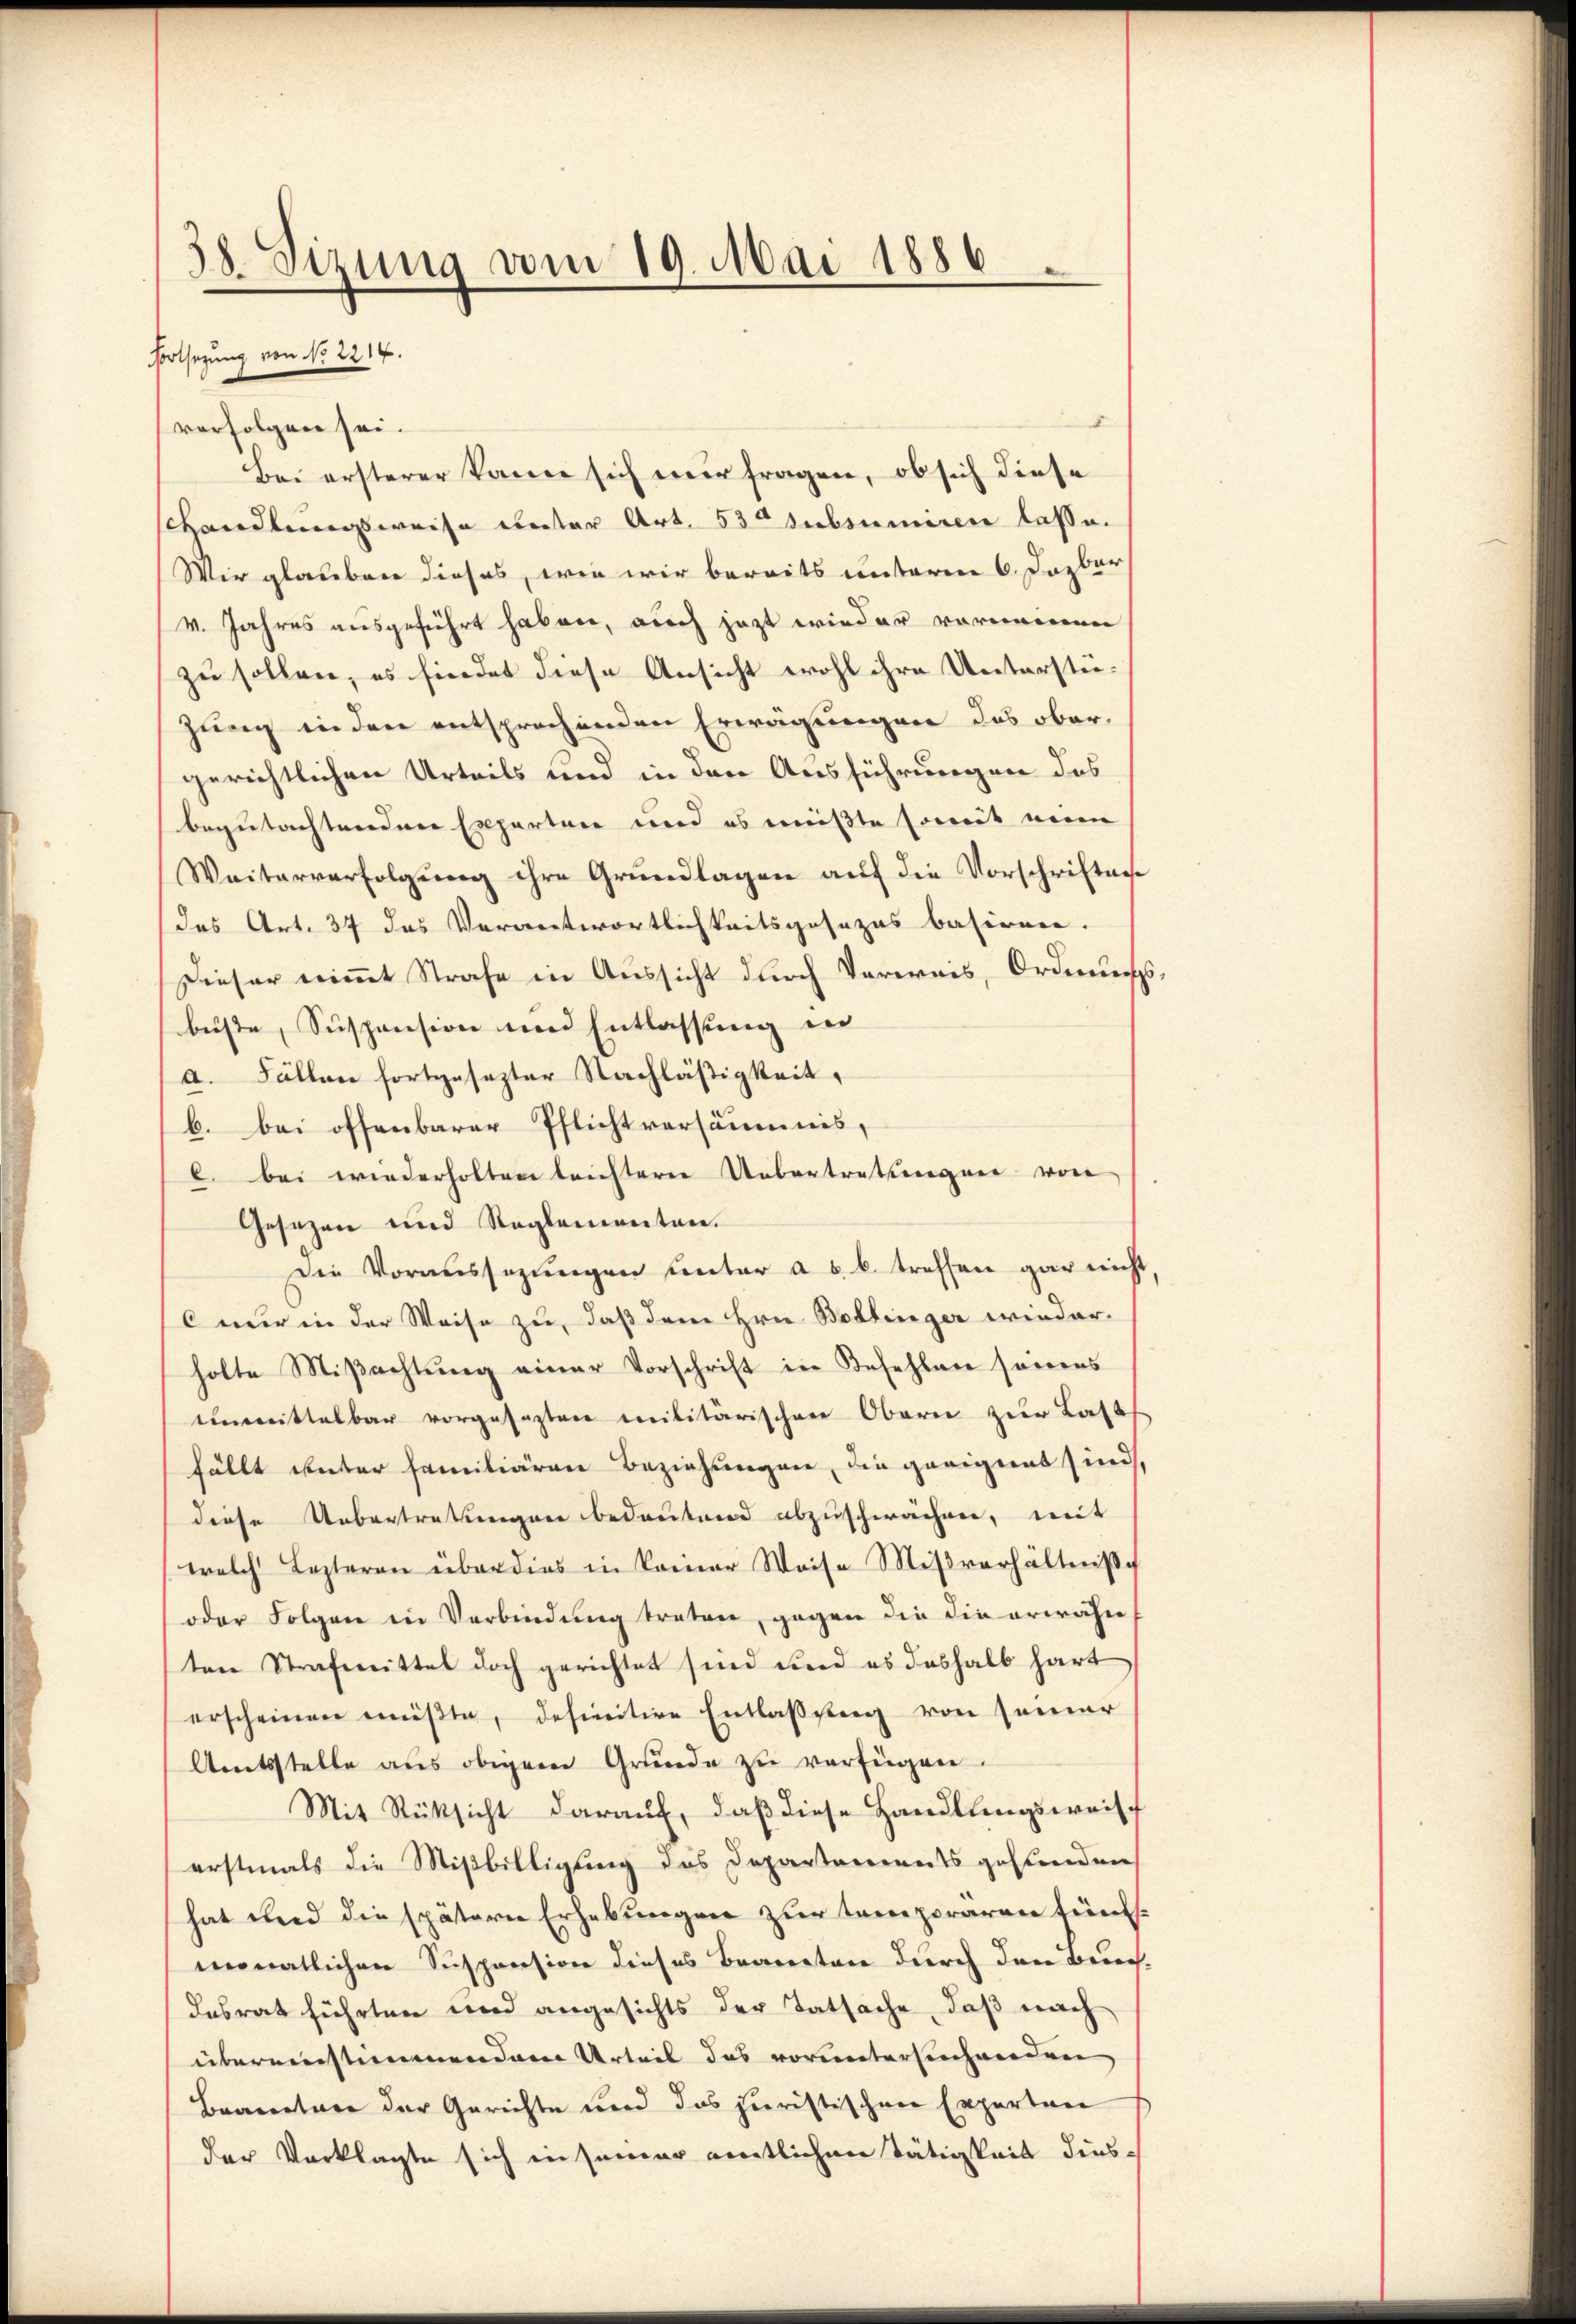
verfolgen sei.
Bei ersterer kann sich mir fragen, ob sich diese
shandlungsweise unter Art. 530 subsumiren lasse.
Wir glauben dieses, wie wir bereits unterm 6. Dazbar
v. Jahres ausgeführt haben, auch jetzt wieder vornennen
zu sollen, es findet diese Ansicht wohl ihre Unterstüzung in den entsprechenden Erwägungen das obergerichtlichen Urteils und in den Ausführungen des
begutachtenden Experten und es müßte soweit mein
Weiterverfolgŭng ihre Grundlagen auf die Vorschriften
das Art. 37 das Verantwortlichkeitsgesezes basirmen.
Dieser nimmt Strafe in Aussicht durch Verweis, Ordnungsbüste, Suspension und Entlassung in
a. Fällen fortgesezter Nachläßigkeit,
b. bei offenbarer Pflichtversäumis,
C. bei wiederholten leichtern Uebertretungen von
Gesetzen und Reglementen.
Die Voraussezungen unter ab. b. treffen gar nicht,
nur in der Weise zu, daß dem Hrn. Bollinger wieder-
holte Mißachtung einer Vorschrift in Befehlen seines
einmittelbar vorgesezten militärischen Obern zur Last
fällt unter familiären Beziehungen, die geeignet sind,
diese Uebertretungen bedeutend abzuschwächen, mit
welch Lezteren über dies in keiner Weise Mißverhältniß
oder Folgen in Verbindung treten, gegen die die erwähn
ten Strafmittel doch gerichtet sind und es deshalb hart
erscheinen müβte, definitive Entlaßung von seiner
Amtsstelle aus obigem Grunde zu verfügen.
Mit Rüksicht darauf, daß diese Handlungsweisch
erstmals die Mißbilligung des Departements gefunden
hat und die spätern Erhebungen zur temporären fünfmonatlichen Suspension dieses Braneten durch den Buchdesrat führten und angesichts der Tatsache, daß nach
übereinstimmenden Urteil das vorunterschwerden,
Branetare der Gerichte und das juristischen Experten
der Verklagte sich in seiner amtlichen Tätigkeit dies¬

38. Sizung vom 19. Mai 1886
Fortsezung von No 2214.